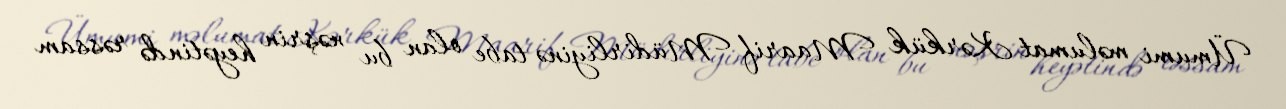
Ümumi məlumat Kərkük Maarif Müdirliyinə tabe olan bu nəşrin heyətində rəssam